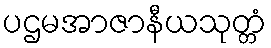
ပဌမအာဇာနီယသုတ္တံ